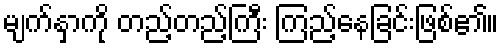
မျက်နှာကို တည့်တည့်ကြီး ကြည့်နေခြင်းဖြစ်၏။